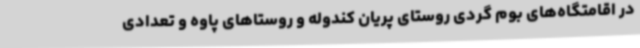
در اقامتگاه‌های بوم گردی روستای پریان کندوله و روستاهای پاوه و تعدادی